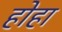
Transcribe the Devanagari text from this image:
होहा